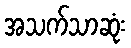
အသက်သာဆုံး